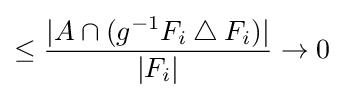
\leq {|A\cap (g^{-1}F_{i}\mathbin {\triangle } F_{i})| \over |F_{i}|}\to 0